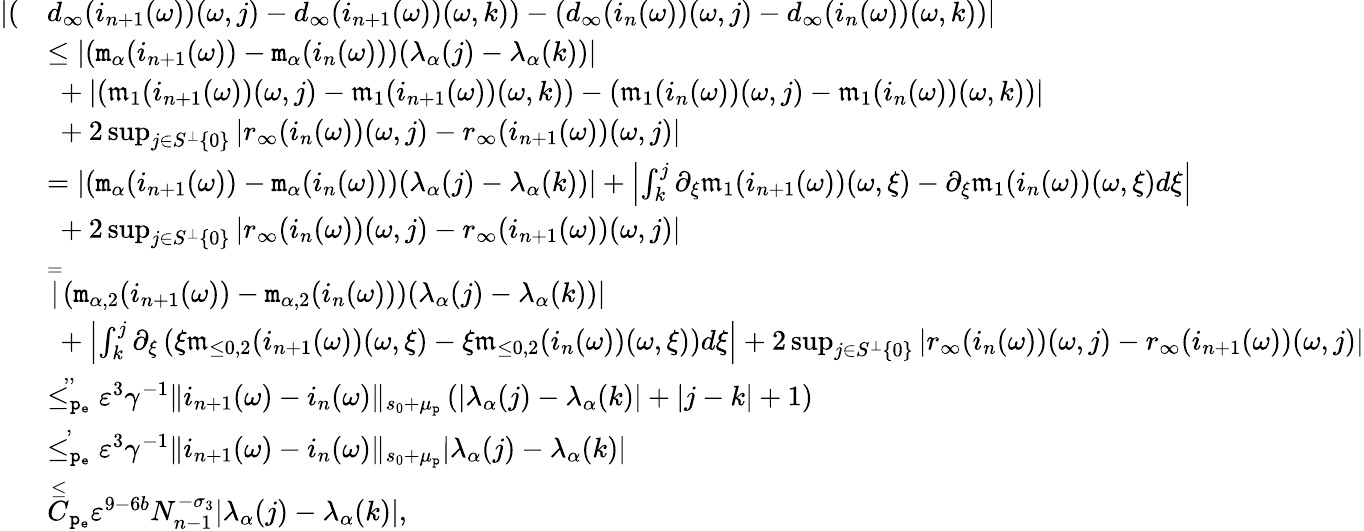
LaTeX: \begin{array}{rl}{|(}&{d_{\infty}(i_{n+1}(\omega))(\omega,j)-d_{\infty}(i_{n+1}(\omega))(\omega,k))-(d_{\infty}(i_{n}(\omega))(\omega,j)-d_{\infty}(i_{n}(\omega))(\omega,k))|}\\ &{\le|(\mathtt{m}_{\alpha}(i_{n+1}(\omega))-\mathtt{m}_{\alpha}(i_{n}(\omega)))(\lambda_{\alpha}(j)-\lambda_{\alpha}(k))|}\\ &{\ +|(\mathfrak{m}_{1}(i_{n+1}(\omega))(\omega,j)-\mathfrak{m}_{1}(i_{n+1}(\omega))(\omega,k))-(\mathfrak{m}_{1}(i_{n}(\omega))(\omega,j)-\mathfrak{m}_{1}(i_{n}(\omega))(\omega,k))|}\\ &{\ +2\operatorname*{sup}_{j\in S^{\perp}\left\{ 0\right\} }|r_{\infty}(i_{n}(\omega))(\omega,j)-r_{\infty}(i_{n+1}(\omega))(\omega,j)|}\\ &{=\left|(\mathtt{m}_{\alpha}(i_{n+1}(\omega))-\mathtt{m}_{\alpha}(i_{n}(\omega)))(\lambda_{\alpha}(j)-\lambda_{\alpha}(k))\right|+\left|\int_{k}^{j}\partial_{\xi}\mathfrak{m}_{1}(i_{n+1}(\omega))(\omega,\xi)-\partial_{\xi}\mathfrak{m}_{1}(i_{n}(\omega))(\omega,\xi)d\xi\right|}\\ &{\ +2\operatorname*{sup}_{j\in S^{\perp}\left\{ 0\right\} }|r_{\infty}(i_{n}(\omega))(\omega,j)-r_{\infty}(i_{n+1}(\omega))(\omega,j)|}\\ &{\overset=|(\mathtt{m}_{\alpha,2}(i_{n+1}(\omega))-\mathtt{m}_{\alpha,2}(i_{n}(\omega)))(\lambda_{\alpha}(j)-\lambda_{\alpha}(k))|}\\ &{\ +\left|\int_{k}^{j}\partial_{\xi}\left(\xi\mathfrak{m}_{\le 0,2}(i_{n+1}(\omega))(\omega,\xi)-\xi\mathfrak{m}_{\le 0,2}(i_{n}(\omega))(\omega,\xi)\right)d\xi\right|+2\operatorname*{sup}_{j\in S^{\perp}\left\{ 0\right\} }|r_{\infty}(i_{n}(\omega))(\omega,j)-r_{\infty}(i_{n+1}(\omega))(\omega,j)|}\\ &{\overset{,,}{\le_{\mathtt{p_{e}}}}\varepsilon^{3}\gamma^{-1}\rVert i_{n+1}(\omega)-i_{n}(\omega)\rVert_{s_{0}+\mu_{\mathtt{p}}}\left(|\lambda_{\alpha}(j)-\lambda_{\alpha}(k)|+|j-k|+1\right)}\\ &{\overset{,}{\le_{\mathtt{p_{e}}}}\varepsilon^{3}\gamma^{-1}\rVert i_{n+1}(\omega)-i_{n}(\omega)\rVert_{s_{0}+\mu_{\mathtt{p}}}|\lambda_{\alpha}(j)-\lambda_{\alpha}(k)|}\\ &{\overset\le C_{\mathtt{p_{e}}}\varepsilon^{9-6b}N_{n-1}^{-\sigma_{3}}|\lambda_{\alpha}(j)-\lambda_{\alpha}(k)|,}\end{array}